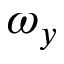
\omega _ { y }